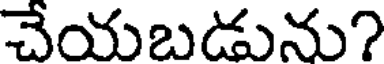
చేయబడును?